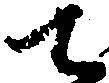
て